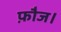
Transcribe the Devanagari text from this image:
फ़ौज।